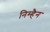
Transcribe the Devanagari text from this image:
निम्हैन